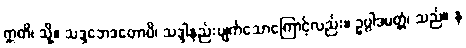
ဣတိ၊ သို့။ သဒ္ဒဘေဒတောပိ၊ သဒ္ဒါနည်းပျက်သောကြောင့်လည်း။ ဥပ္ပါဒမတ္တံ၊ သည်။ န